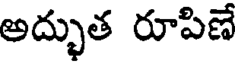
అద్భుత రూపిణే